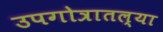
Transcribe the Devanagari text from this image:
उपगोत्रातल्या